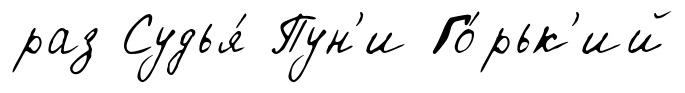
раз Судья́ Пун'и Го́рьк'ий